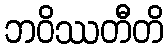
ဘဝိဿတီတိ